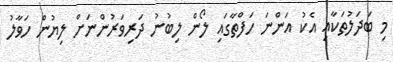
މި ބަދަލުތަކާއި އެކު އަންނަ ހަފްތާގައި ލޯން ލިބުނު ދަރިވަރުންނަށް ލިޔުން ހަވާލު